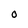
Character: O